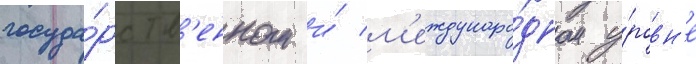
госуда́рств'енном и́ м'еждунаро́дном у́ровн'е